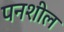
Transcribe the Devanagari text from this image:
पनशील